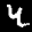
Label: 4